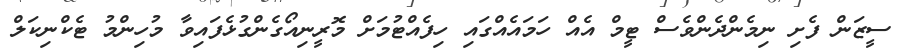
ސީޒަން ފެށި ނިމެންދެންވެސް ޓީމް އެއް ހަމައެއްގައި ހިފެއްޓުމަށް މޮރީނިއޯގެންގުޅެފައިވާ މުހިންމު ޓެކްނިކަލް